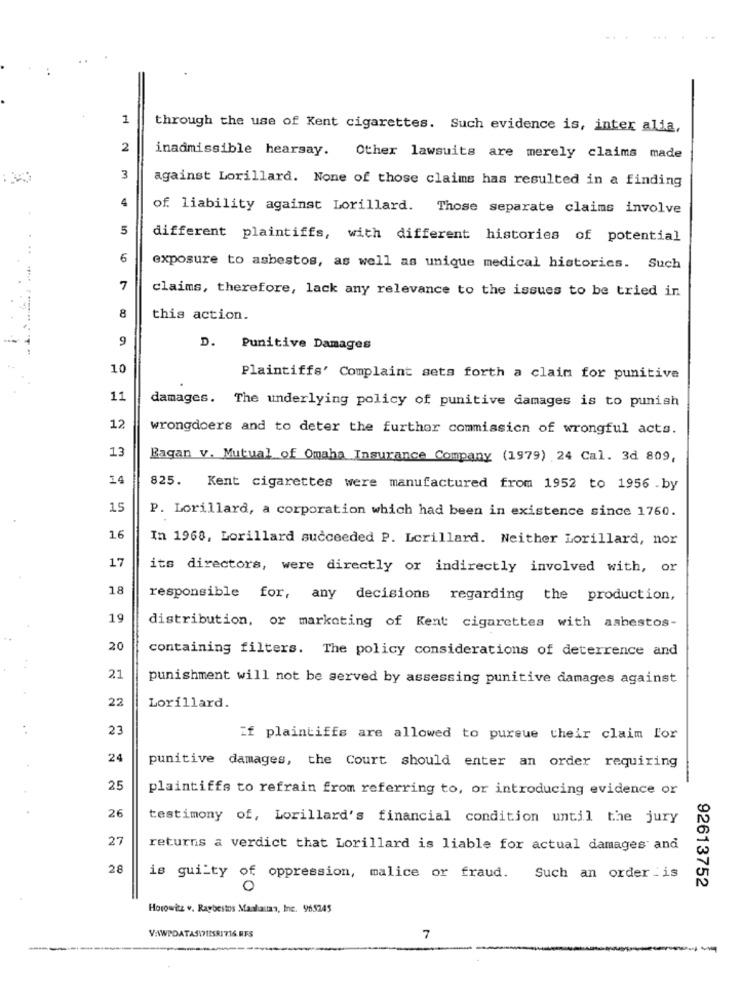
1
through the use of Kent cigarettes. Such evidence is, inter alia,
2
inadmissible hearsay. Other lawsuits are merely claims made
3
against Lorillard. None of those claims has resulted in a finding
4
of. liability against Lorillard. Those separate claims involve
5
different plaintiffs, with different histories of potential
...
6
exposure to asbestos, as well as unique medical historics. Such
7
claims, therefore, lack any relevance to the issues to be tried in
8
this action.
9
D. Punitive Damages
10
Plaintiffs' Complaint sets forth a claim for punitive
11
damages. The underlying policy of punitive damages is to punish
12
wrongdoers and to deter the further commission of wrongful acts.
13
Bagan v. Mutual of Omaha Insurance Company (1979) 24 Cal. 3d 809,
14
825. Kent cigarettes were manufactured from 1952 to 1956 -by
15
P. Lorillard, a corporation which had been in existence since 1760.
16
In 1968, Lorillard succeeded P. Lorillard. Neither Lorillard, nor
17
its directors, were directly or indirectly involved with, or
18
responsible for, any decisions regarding the production,
19
distribution, or marketing of Kent cigarettes with asbestos-
20
containing filters. The policy considerations of deterrence and
21
punishment will not be served by assessing punitive damages against
22
Lorillard.
23
Zf plaintiffs are allowed to pursue their claim Lor
24
punitive damages, the Court should enter an order requiring
25
plaintiffs to refrain from referring to, or introducing evidence or
26
testimony of, Lorillard's financial condition until the jury
27
returns a verdict that Lorillard is liable for actual damages and
28
is guilty of oppression, malice or fraud.
Such an order .is
92613752
Horowitz v. Raybestos Maalattan, Inc. 965245
VAWPDATAS1711SRI716.RFS
7
-